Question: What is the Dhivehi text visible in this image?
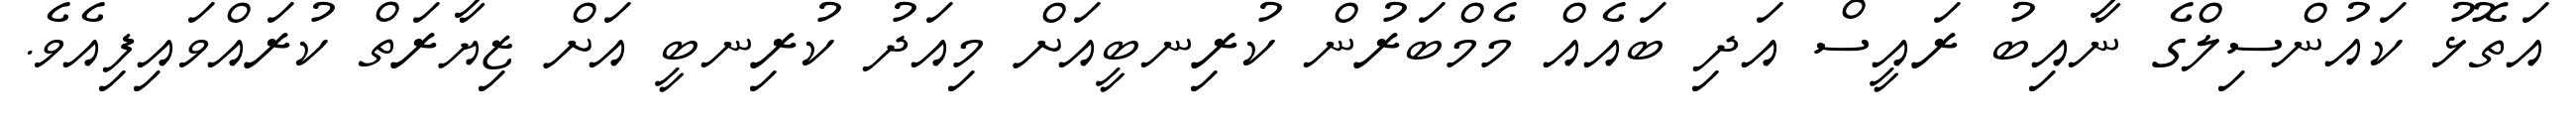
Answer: އަތޮޅު ކައުންސިލްގެ ނާއިބު ރައީސް އަދި ބައެއް މެމްބަރުން ކުރިނބީއަށް މިއަދު ކުރިނބީ އަށް ޒިޔާރަތް ކުރައްވައިފިއެވެ.